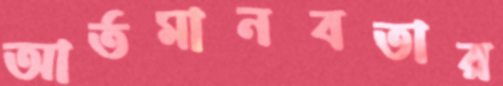
আর্তমানবতার